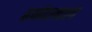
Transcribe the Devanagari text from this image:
हर्षदलाल